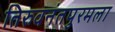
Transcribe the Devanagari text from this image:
तिरुवनंतपुरमला